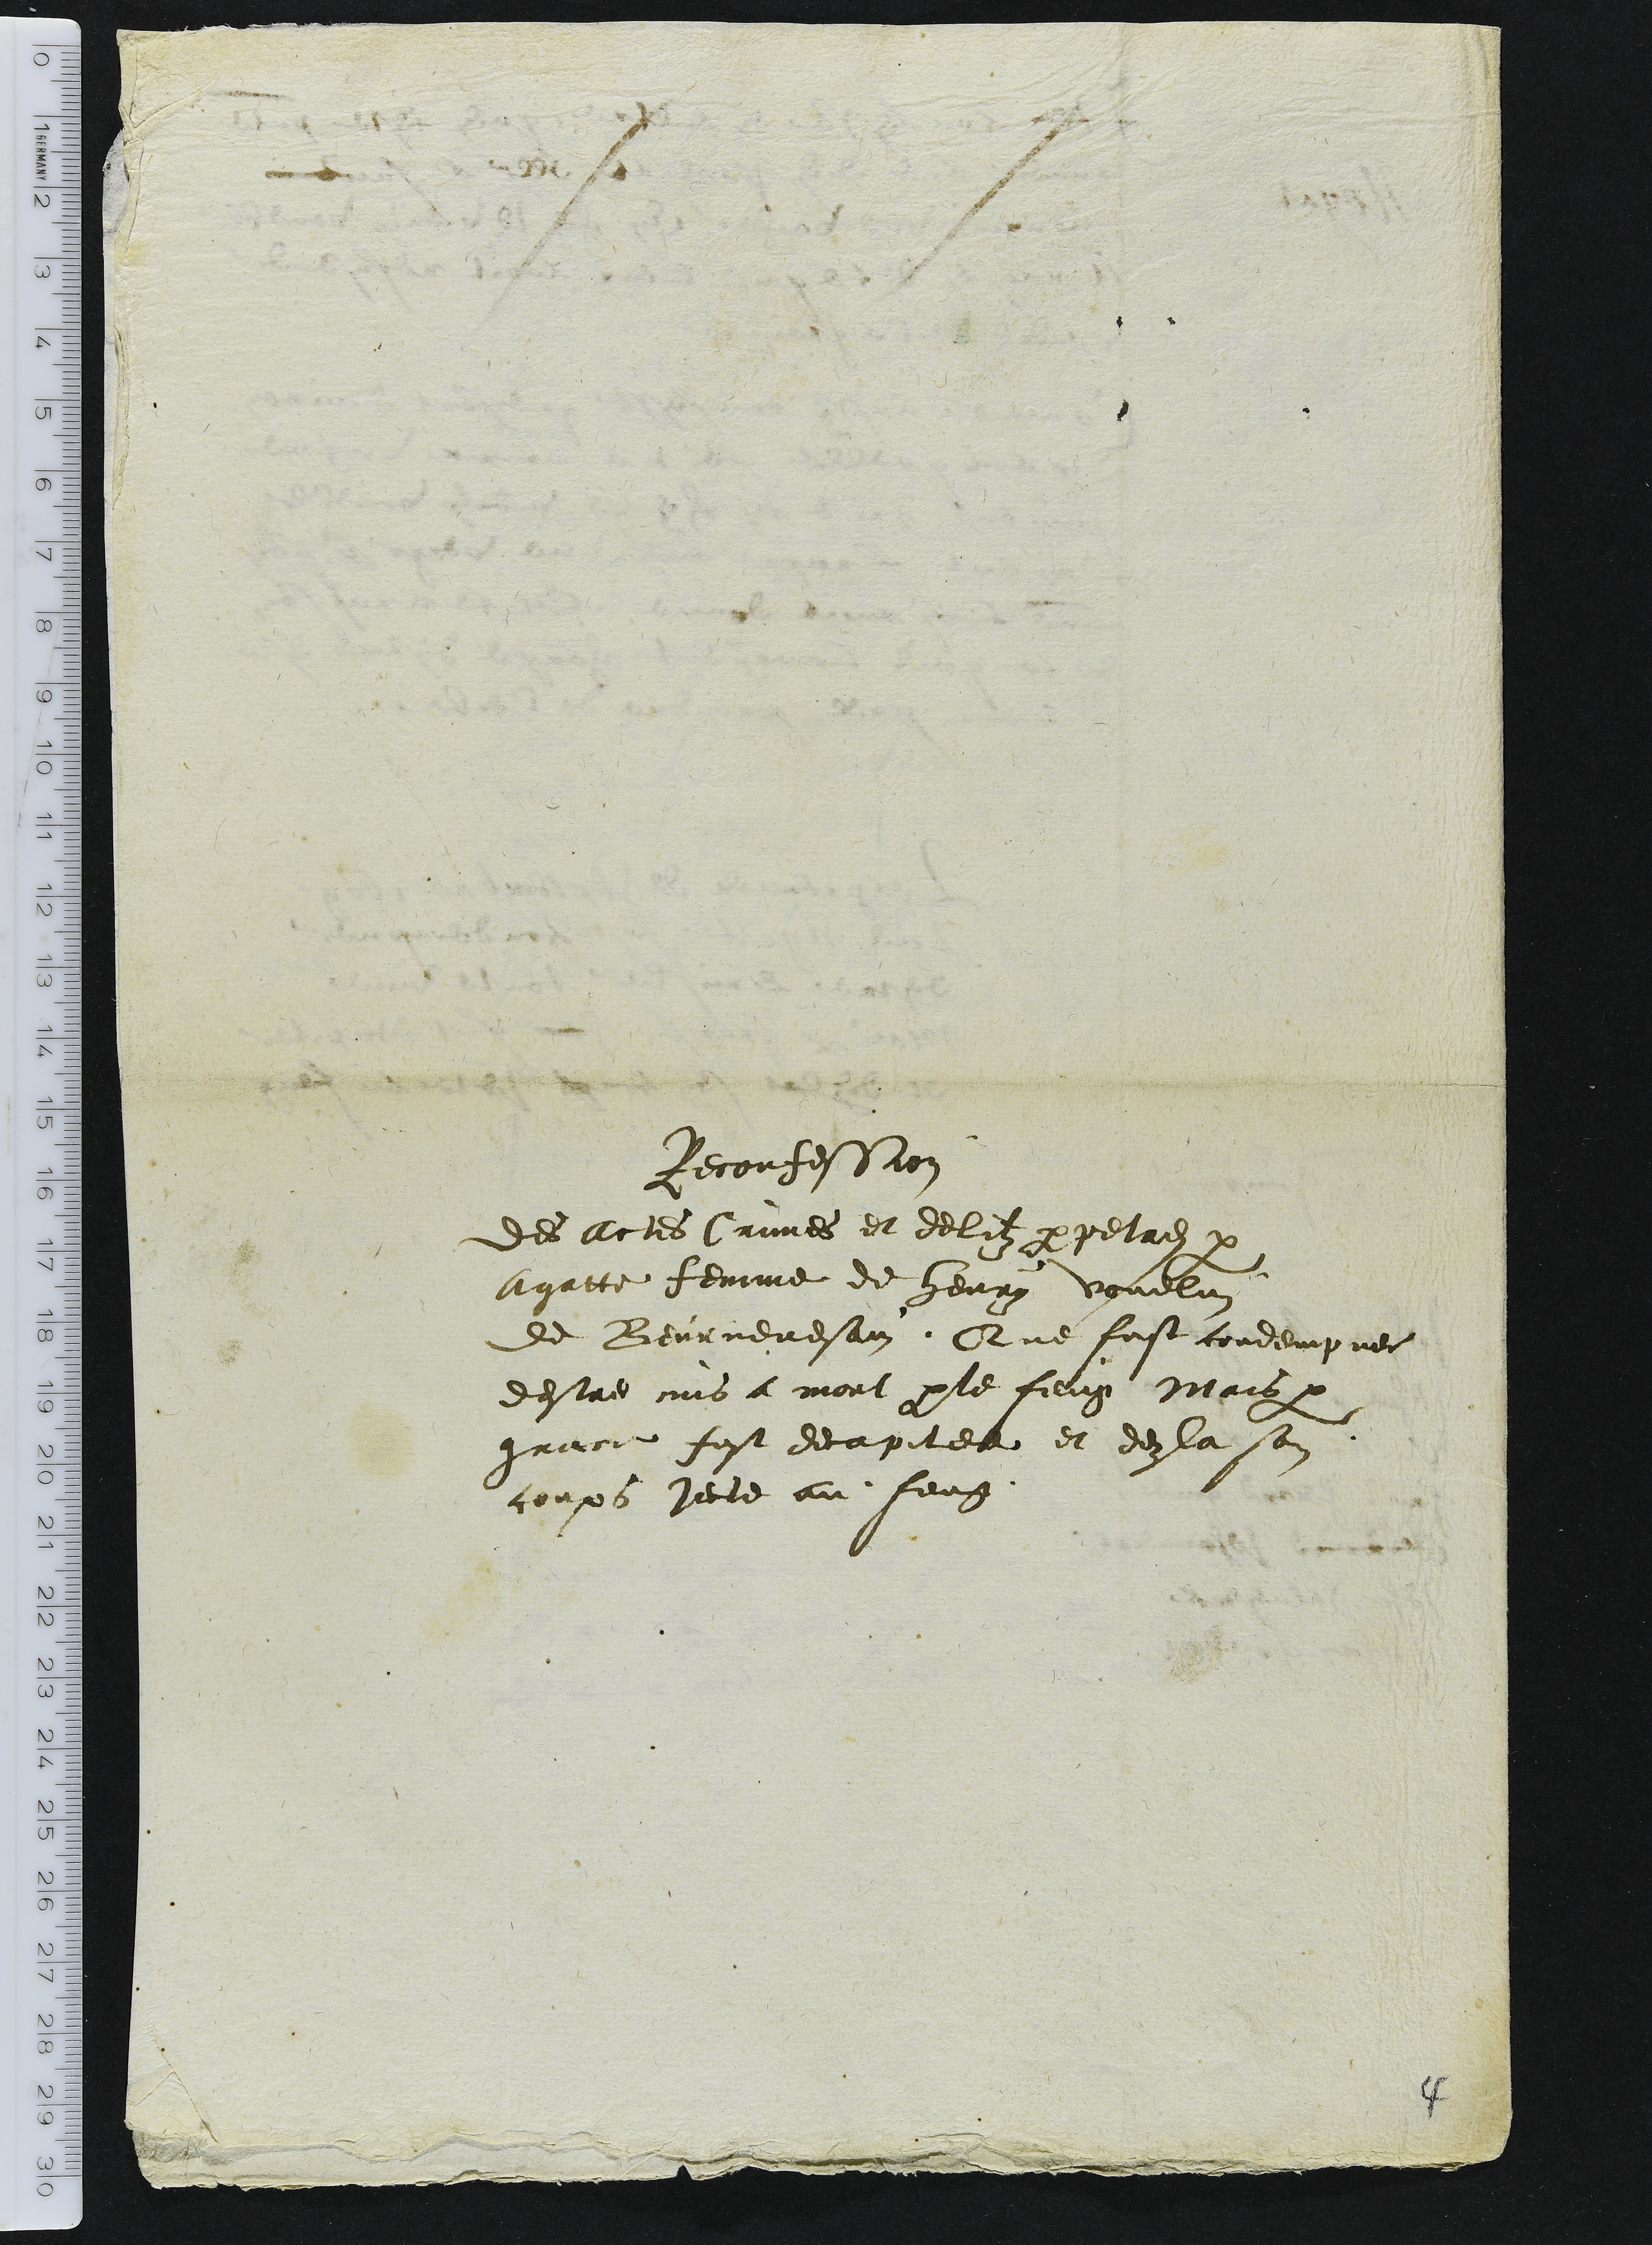
Reconfession
Des Actes Crimes et delitz perpetres par
Agatte femme de henry vouelin
de Beurnevesain. Que fust condempnee
destre mis a mort parle feug Mais que
grace fust decapitee et dezla son
corps jecte au feug.

4